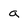
Character: a